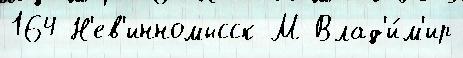
164 Н'ев'инномысск М Влад'и́м'ир